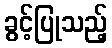
ခွင့်ပြုသည့်